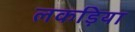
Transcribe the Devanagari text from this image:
लकड़िया